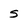
Character: S